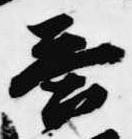
答